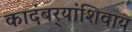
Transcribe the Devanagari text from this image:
कादंबर्‍यांशिवाय